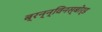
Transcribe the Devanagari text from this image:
ब्रन्न्विनस्बोर्ड